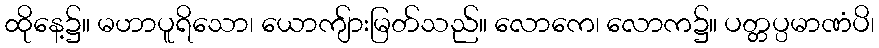
ထိုနေ့၌။ မဟာပူရိသော၊ ယောကျ်ားမြတ်သည်။ လောကေ၊ လောက၌။ ပတ္တပ္ပမာဏံပိ၊